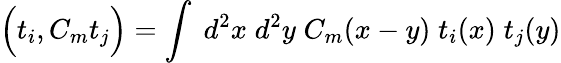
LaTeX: \Big(t_{i},C_{m}t_{j}\Big)=\int\; d^{2}x\; d^{2}y\; C_{m}(x-y)\; t_{i}(x)\; t_{j}(y)